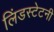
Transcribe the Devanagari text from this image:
लिंडस्टेटनी